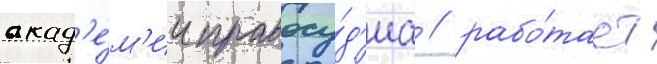
акад'е́м'ии правосу́д'иа / рабо́тает